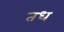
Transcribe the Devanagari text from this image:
तध